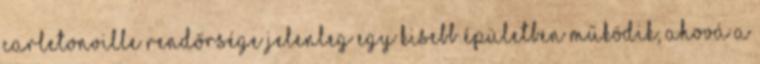
Carletonville rendőrsége jelenleg egy kisebb épületben működik, ahová a